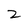
Character: 2